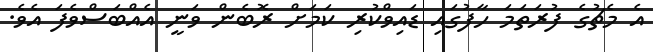
އެ މެޗުގެ ފުރަތަމަ ހާފުގައި ޑައިވްކުރި ކަމަށް ރޮބެން ވަނީ އެއްބަސްވެފަ އެވެ.